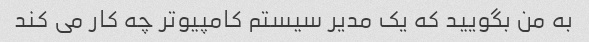
به من بگویید که یک مدیر سیستم کامپیوتر چه کار می کند